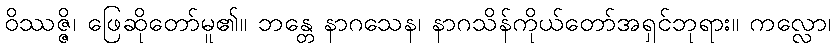
ဝိဿဇ္ဇိ၊ ဖြေဆိုတော်မူ၏။ ဘန္တေ နာဂသေန၊ နာဂသိန်ကိုယ်တော်အရှင်ဘုရား။ ကလ္လော၊